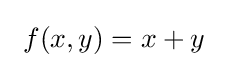
\ f(x,y)=x+y\